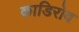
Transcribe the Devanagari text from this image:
काडिरोव